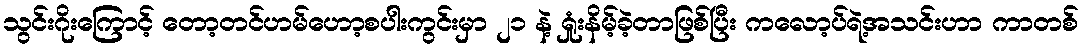
သွင်းဂိုးကြောင့် တော့တင်ဟမ်ဟော့စပါးကွင်းမှာ ၂၁ နဲ့ ရှုံးနိမ့်ခဲ့တာဖြစ်ပြီး ကလော့ပ်ရဲ့အသင်းဟာ ကာတစ်